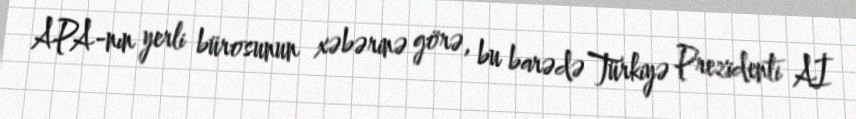
APA-nın yerli bürosunun xəbərinə görə, bu barədə Türkiyə Prezidenti Aİ